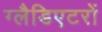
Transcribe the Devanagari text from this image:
ग्लैडिएटरों